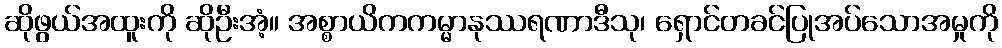
ဆိုဖွယ်အထူးကို ဆိုဦးအံ့။ အစ္စာယိကကမ္မာနုဿရဏာဒီသု၊ ရှောင်တခင်ပြုအပ်သောအမှုကို